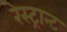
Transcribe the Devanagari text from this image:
रेस्ट्रान्ट